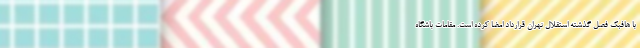
با هافبک فصل گذشته استقلال تهران قرارداد امضا کرده است. مقامات باشگاه